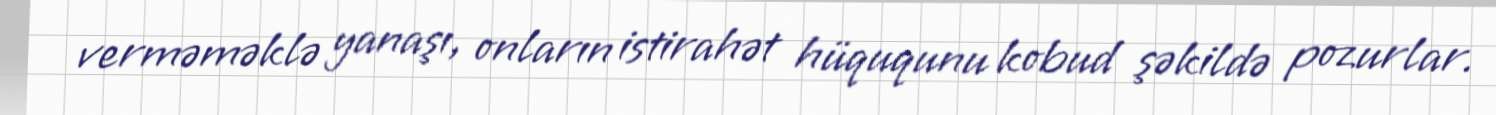
verməməklə yanaşı, onların istirahət hüququnu kobud şəkildə pozurlar.